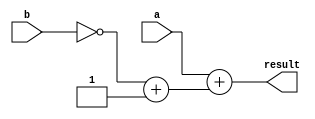
`timescale 1ns / 1ps
//8-Bit Cikarici Devre
//A ve B girisleri elde girisi ve cikisi olacak sekilde 8 bit icin birbirine baglayacagiz.
module subtract_8bit(a,b,result);
input [7:0] a,b;
output [7:0] result;
reg [7:0] result;
reg [7:0] neg_b;//cikarma operatoru
always@(a or b)
begin
neg_b=~b+1;// +1 two's complement icin
result = a + neg_b;
end
endmodule